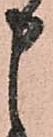
申